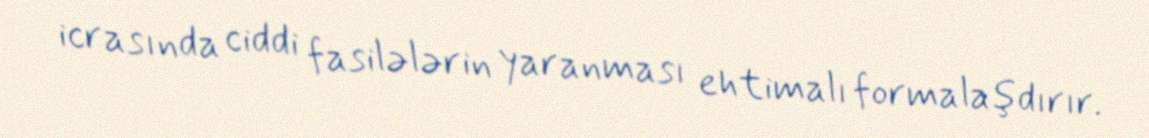
icrasında ciddi fasilələrin yaranması ehtimalı formalaşdırır.